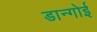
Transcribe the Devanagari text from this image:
डान्गोई